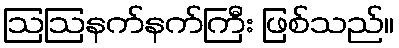
ဩဩနက်နက်ကြီး ဖြစ်သည်။